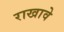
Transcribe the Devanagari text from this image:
राखावे